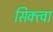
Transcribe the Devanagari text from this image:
सिक्त्वा